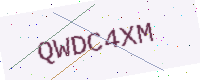
Text: QWDC4XM